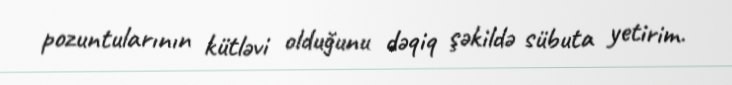
pozuntularının kütləvi olduğunu dəqiq şəkildə sübuta yetirim.